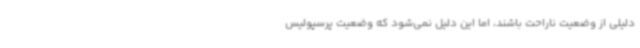
دلیلی از وضعیت ناراحت باشند، اما این دلیل نمی‌شود که وضعیت پرسپولیس